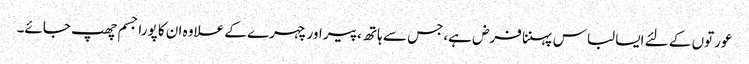
عورتوں کے لئے ایسا لباس پہننا فرض ہے،جس سے ہاتھ ،پیر اور چہرے کے علاوہ ان کا پورا جسم چھپ جائے۔